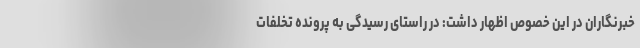
خبرنگاران در این خصوص اظهار داشت: در راستای رسیدگی به پرونده تخلفات